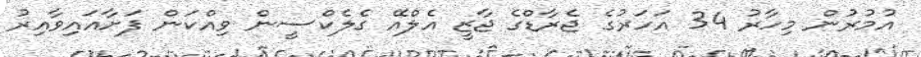
އުމުރުން މިހާރު 34 އަހަރުގެ ޖެރާޑްގެ ޖާޒީ އެލްއޭ ގެލެކްސީން ވިއްކަން ފަށާއައިވާއިރު